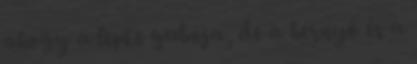
ahogy a lepke gubója, de a hernyó és a